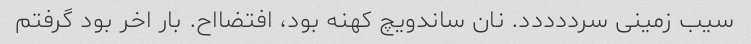
سیب زمینی سرددددد. نان ساندویچ کهنه بود، افتضااح. بار اخر بود گرفتم